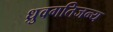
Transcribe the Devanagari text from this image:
ध्रुवगतिजन्य